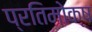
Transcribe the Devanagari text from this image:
प्रतिमोक्ष